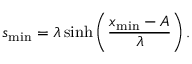
s _ { \mathrm { m i n } } = \lambda \sinh \left( \frac { x _ { \mathrm { m i n } } - A } { \lambda } \right) .